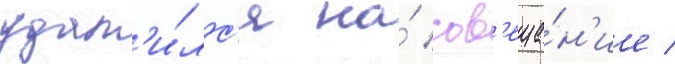
удал'и́лс'я на́ сов'еща́н'ие /